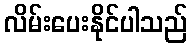
လိမ်းပေးနိုင်ပါသည်